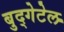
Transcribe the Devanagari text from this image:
बुद्गेटेल